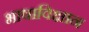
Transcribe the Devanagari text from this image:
भाषाविक्षान